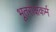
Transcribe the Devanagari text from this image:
भूतराक्षकर्म